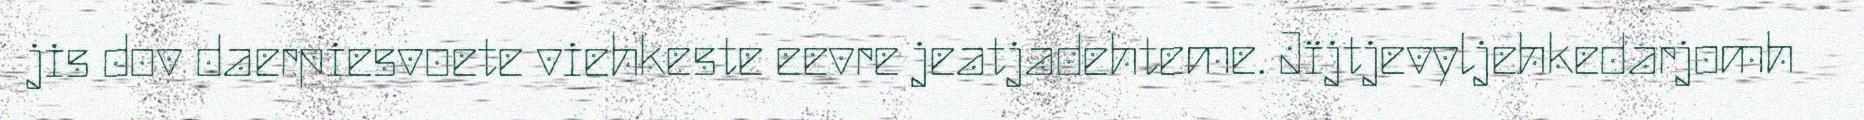
jis dov daerpiesvoete viehkeste eevre jeatjadehteme. Jïjtjevyljehkedarjomh